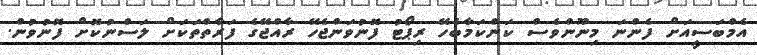
އެމްބަސީއަށް ފެންނަ މިނޫންވެސް ކަންކަމާބެހޭ ރިޕޯޓު ފޮނުވަންޖެހޭ ރާއްޖޭގެ ފަރާތްތަކަށް ލަސްނުކޮށް ފޮނުވުން.